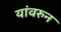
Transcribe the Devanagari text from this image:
यांवरुन